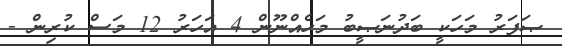
ޞަފަރު މަހަކީ ބަދުނަޞީބު މަހެއްނޫން 4 އަހަރު 12 މަސް ކުރިން -